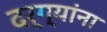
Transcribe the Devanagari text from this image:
दर्ग्यांना